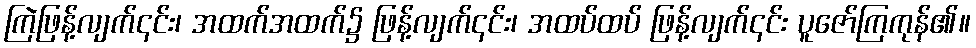
ကြဲဖြန့်လျက်၎င်း၊ အထက်အထက်၌ ဖြန့်လျက်၎င်း၊ အထပ်ထပ် ဖြန့်လျက်၎င်း ပူဇော်ကြကုန်၏။